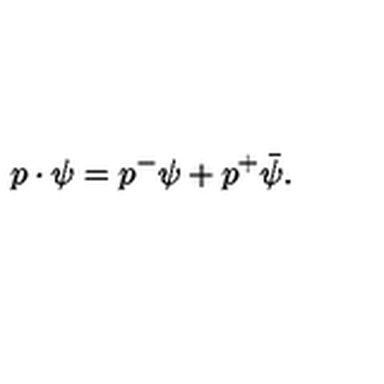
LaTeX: p \cdot \psi = p ^ { - } \psi + p ^ { + } \bar { \psi } .